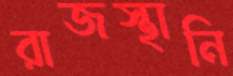
রাজস্থানি